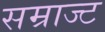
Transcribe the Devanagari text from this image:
सम्राज्ट